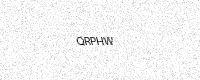
Text: QRPHW